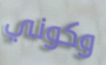
وكوني